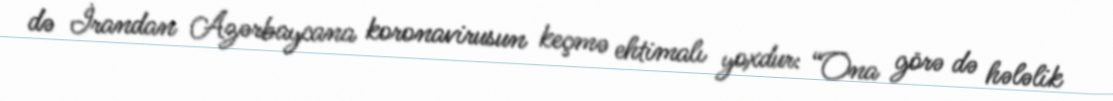
də İrandan Azərbaycana koronavirusun keçmə ehtimalı yoxdur: “Ona görə də hələlik